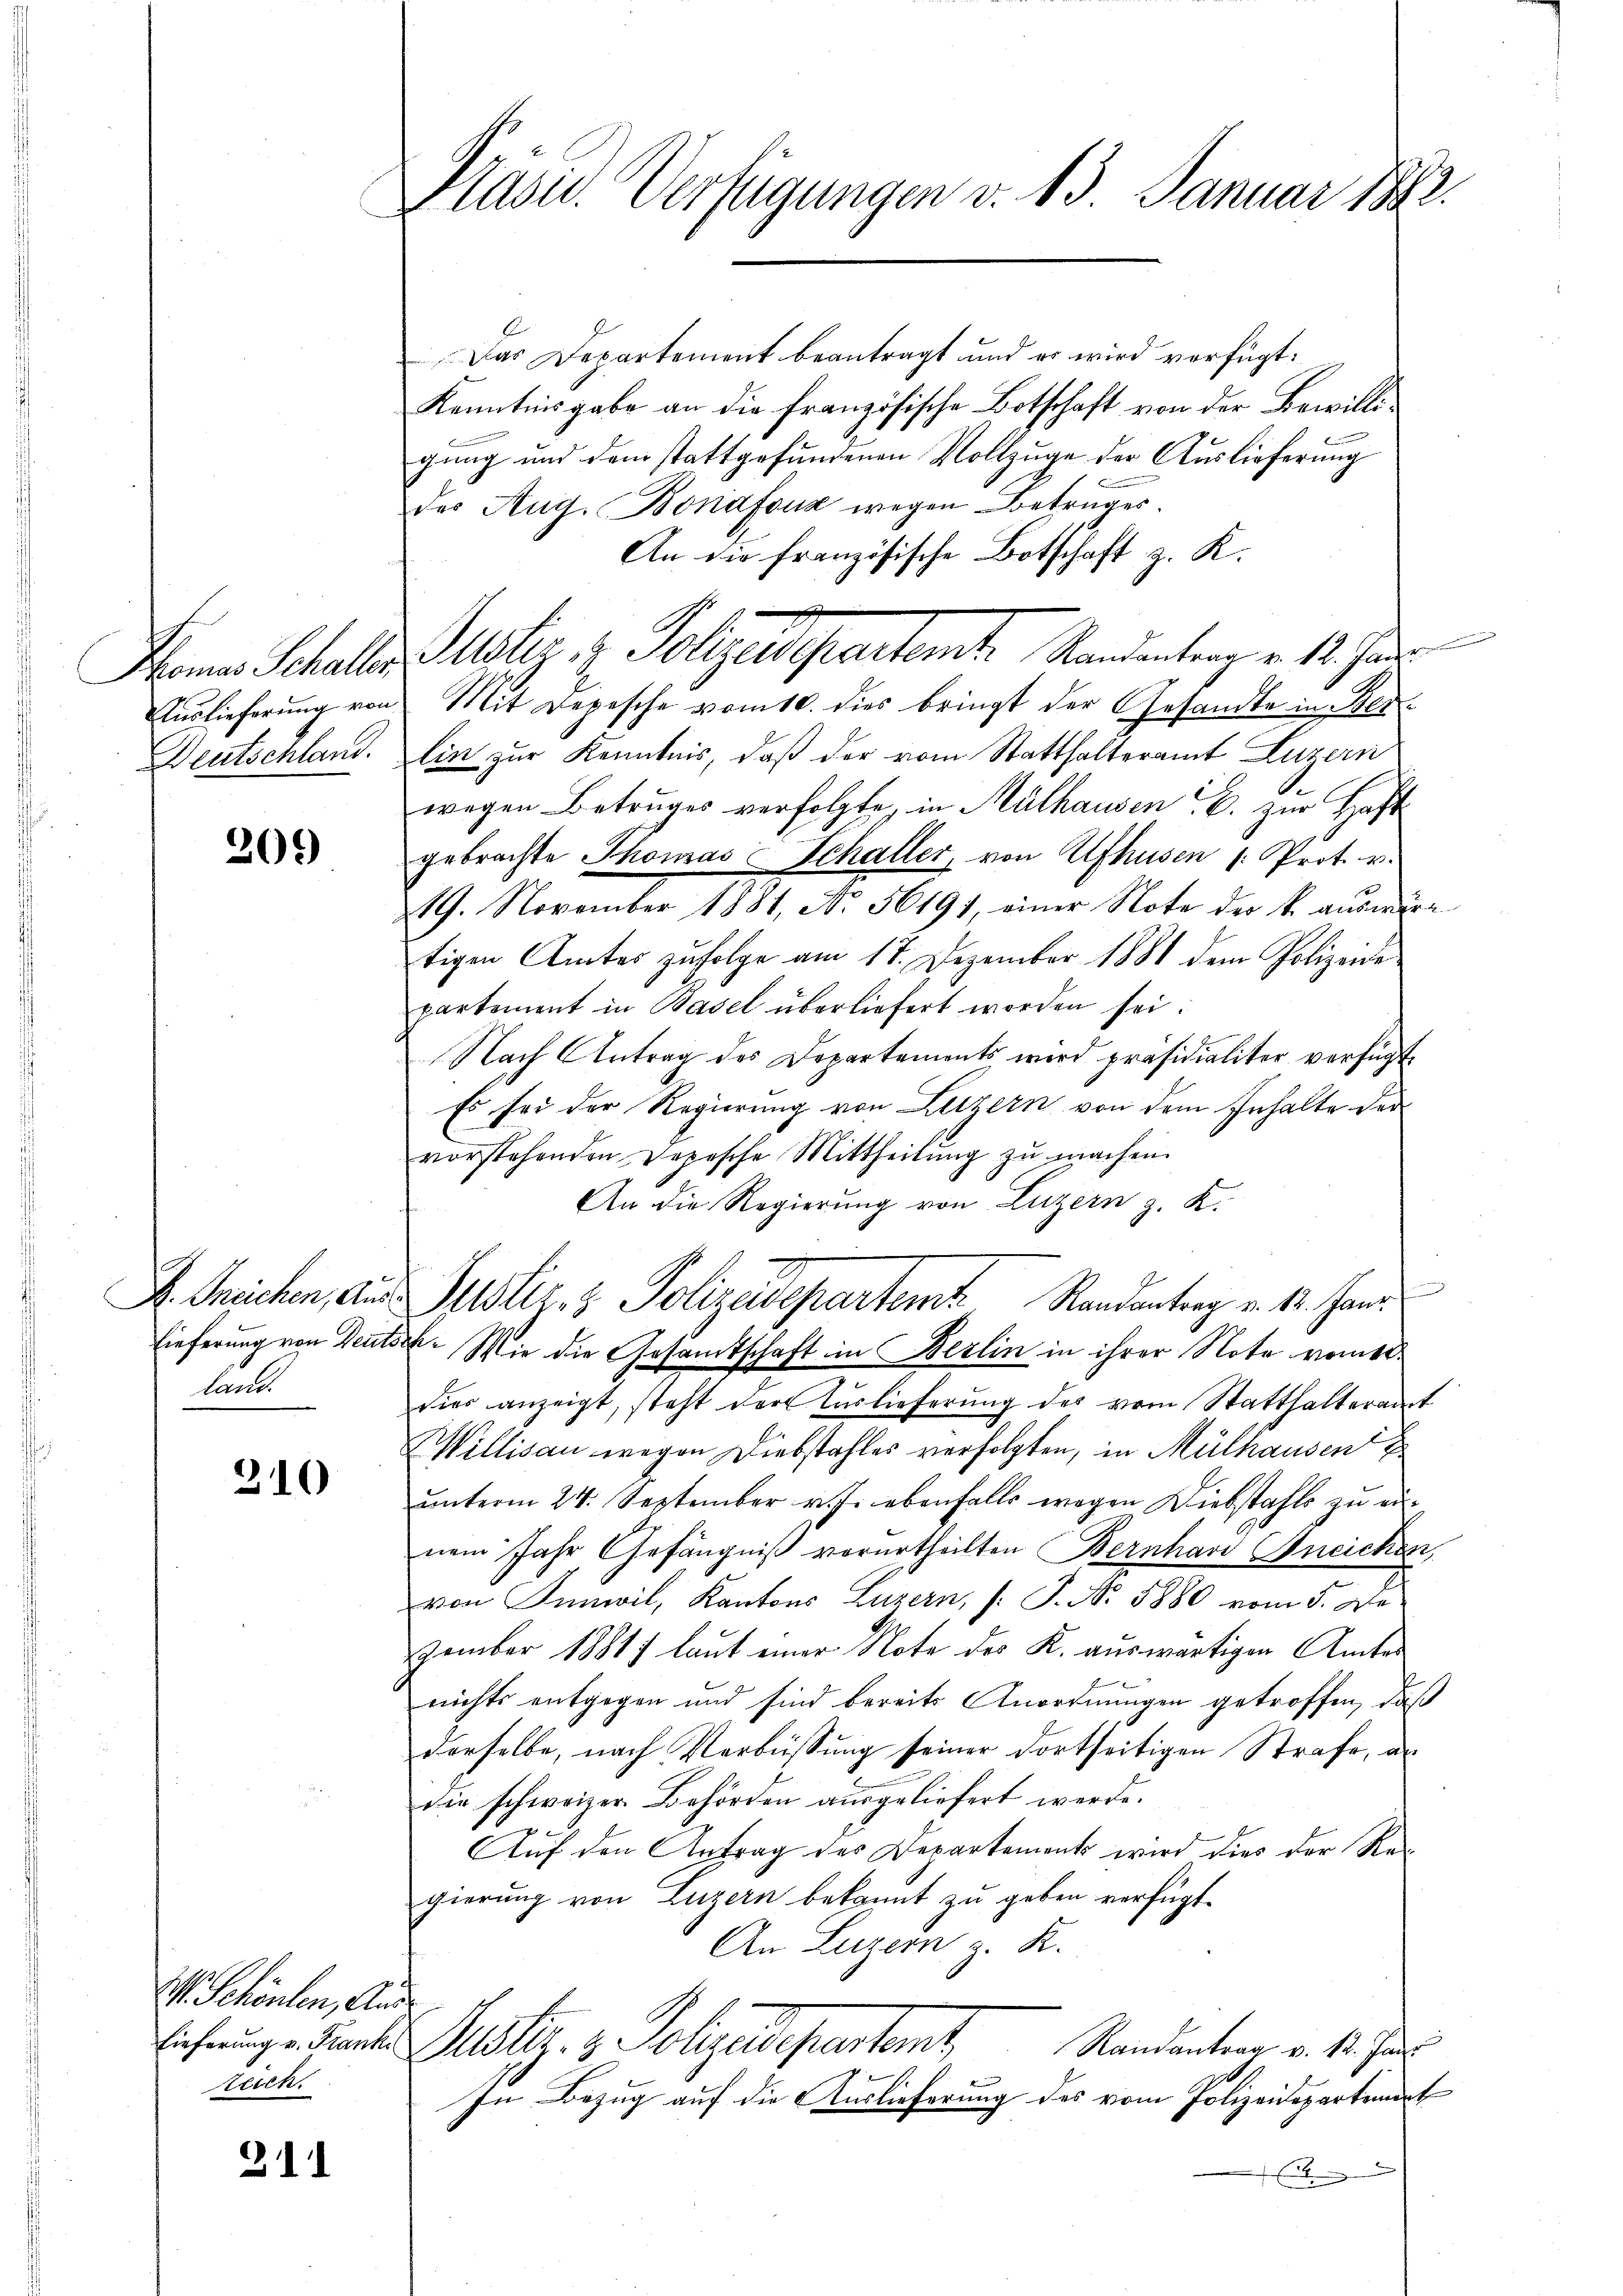
Thomas Schaller.
Auslieferung von
Deutschland.

209)

Dr. Greichen, Aus¬
Lieferung von Deuts
land.

310

V. Schönlen, Aus
Lieferung v. Franke
teich.

311

Präsid. Verfügungen v. 13. Januar 1882.

Das Departement beantragt und er wird verfügt:
Kenntnisgabe an die französische Botschaft von der Bewilligung und dem stattgefundenen Vollzuge der Auslieferung
des Aug. Bonafouz wegen Betruges.
An die französische Botschaft z. K.
Mit Depesche vom 10. dies bringt der Gesandte in Berlin zur Kenntnis, daß der vom Statthalteramt Luzern
wegen Betruges verfolgte, in Mülhausen B. zur Haft
gebrachte Thomas Schaller, von Ufhusen /: Prot. v.
.
219. November 1881, No. 56191, einer Note der k. aŭswärtigen Amtes zufolge am 17. Dezember 1881 dem Polizeide
partement in Basel überliefert worden sei.
Nach Antrag des Departements wird präsidialiter verfügt
Es sei der Regierung von Letzern von dem Inhalte der
vorstehenden Depesche Mittheilŭng zŭ machen.
An die Regierung von Luzern z. K.
Justiz- & Polizeidepartem Randantrag v. 1. Jani
sch. Wie die Gesamtschaft in Berlin in ihrer Note vom 10.
dier anzeigt, steht der Auslieferung des vom Statthalteramt
Willisau wegen Diebstahles verfolgten, in Mülhausen
unterm 24. September v. J. ebenfalls wegen Diebstahls zu einem Jahr Gefängniß verurtheilten Bernhard Aneichen,
von Innwil, Kantons Luzern, (: P. Nr. 5880 vom 5. De
zember 18817 laut einer Note der K. auswärtigen Amtes
nichts entgegen und sind bereits Anordnungen getroffen, daß
derselbe, nach Verbüssung seiner dortseitigen Strafe, al
die schweizer Behörden ausgeliefert werde.
Auf den Antrag des Departements wird dies der Regierung von Luzern bekannt zu geben verfügt.
An Luzern z. K.
Peltz. v. Polizelesentant,
Randantrag v. 12. Jani
In Bezug auf die Auslieferung des vom Polizeidepartement
E

Meter u. Folgendepartente Standenten v. 18. Jan